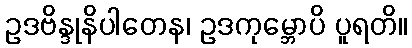
ဥဒဗိန္ဒုနိပါတေန၊ ဥဒကုမ္ဘောပိ ပူရတိ။